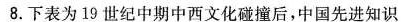
8.下表为19世纪中期中西文化碰撞后，中国先进知识